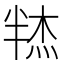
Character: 𰅼